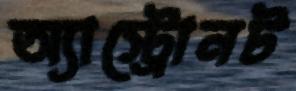
অ্যাস্ট্রোনট